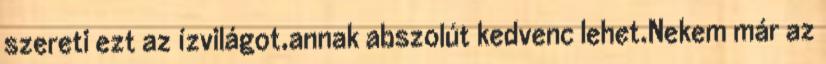
szereti ezt az ízvilágot,annak abszolút kedvenc lehet.Nekem már az